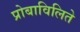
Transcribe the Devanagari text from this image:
प्रोबाविलिते